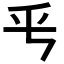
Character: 𠂠